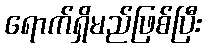
ရောက်ရှိမည်ဖြစ်ပြီး